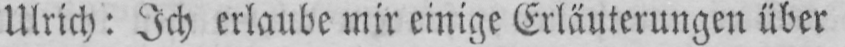
Ulrich: Ich erlaube mir einige Erläuterungen über